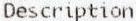
DESCRIPTION